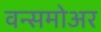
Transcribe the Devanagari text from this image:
वन्समोअर